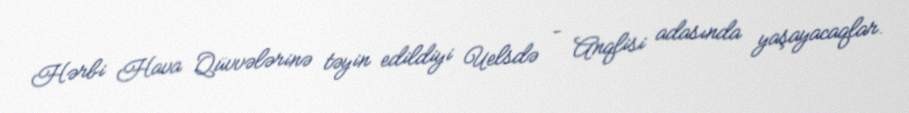
Hərbi Hava Qüvvələrinə təyin edildiyi Uelsdə – Anqlisi adasında yaşayacaqlar.